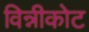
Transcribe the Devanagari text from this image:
विन्नीकोट